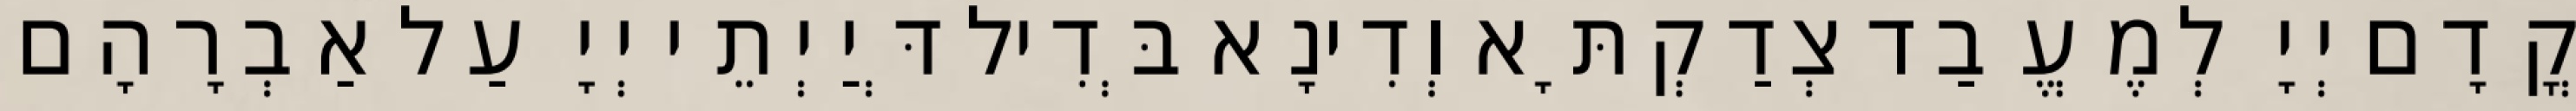
קֳדָם יְיָ לְמֶעֱבַד צְדַקְתָּא וְדִינָא בְּדִיל דְּיַיְתֵי יְיָ עַל אַבְרָהָם